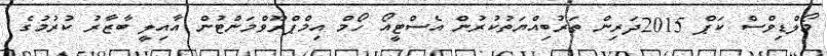
މޯލްޑިވްސް ކަޕް 2015ދަރިން ތަރުބިއްޔަތުކުރުން އެސްޓީއޯ ހޯމް އިމްޕްރޫވްމަންޓުން އާއިލީ ބާޒާރު ކުރުމުގެ